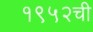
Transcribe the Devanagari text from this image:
१९५२ची